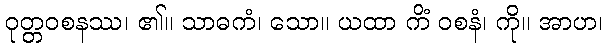
ဝုတ္တဝစနဿ၊ ၏။ သာဓကံ၊ သော။ ယထာ ကိံ ဝစနံ၊ ကို။ အာဟ၊